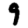
Digit: 9